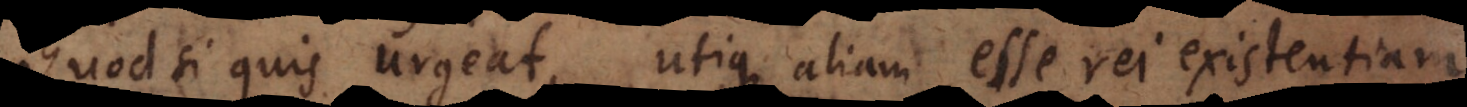
Quod si quis urgeat, utique aliam esse rei existentiam